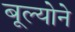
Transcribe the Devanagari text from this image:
बूल्योने